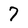
Character: 7